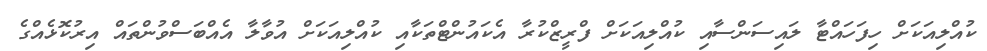
ކުއްލިއަކަށް ހިފަހައްޓާ ލައިސަންސާއި ކުއްލިއަކަށް ފްރީޒްކުރާ އެކައުންޓްތަކާއި ކުއްލިއަކަށް އުވާލާ އެއްބަސްވުންތައް އިރުކޮޅެއްގެ